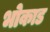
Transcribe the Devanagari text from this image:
भोकाड